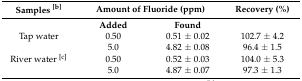
<table><thead><tr><td><b>Samples <sup>[b]</sup></b></td><td colspan="2"><b>Amount of Fluoride (ppm)</b></td><td><b>Recovery (%)</b></td></tr></thead><tbody><tr><td></td><td><b>Added</b></td><td><b>Found</b></td><td></td></tr><tr><td>Tap water</td><td>0.50</td><td>0.51 ± 0.02</td><td>102.7 ± 4.2</td></tr><tr><td></td><td>5.0</td><td>4.82 ± 0.08</td><td>96.4 ± 1.5</td></tr><tr><td>River water <sup>[c]</sup></td><td>0.50</td><td>0.52 ± 0.03</td><td>104.0 ± 5.3</td></tr><tr><td></td><td>5.0</td><td>4.87 ± 0.07</td><td>97.3 ± 1.3</td></tr></tbody></table>